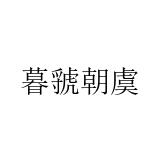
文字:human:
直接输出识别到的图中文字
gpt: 暮虢朝虞